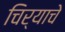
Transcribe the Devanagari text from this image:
चिर्‍याचे